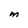
Character: M